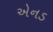
એનડ